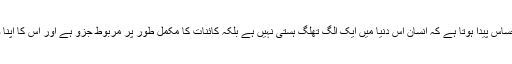
اس موضوع کے پڑھنے کے بعد واقعی ایسا احساس پیدا ہوتا ہے کہ انسان اس دنیا میں ایک الگ تھلگ ہستی نہیں ہے بلکہ کائنات کا مکمل طور پر مربوط جزو ہے اور اس کا اپنا وجود کائنات کی ساخت کی نمائندگی کرتا ہے۔